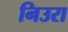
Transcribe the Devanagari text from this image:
निउरा